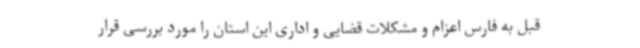
قبل به فارس اعزام و مشکلات قضایی و اداری این استان را مورد بررسی قرار